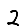
Digit: 2